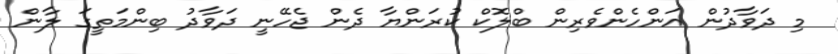
މި ދަވާދުން އަންހެންވެރިން ބްލޮކް ކުރަންޔާ ދެން ޖެހޭނީ ދަވާދު ބިންމަތީގަ ލާން